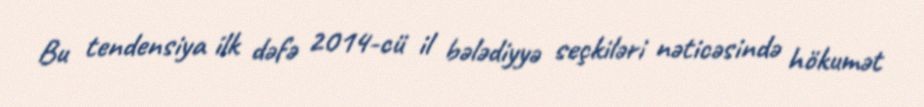
Bu tendensiya ilk dəfə 2014-cü il bələdiyyə seçkiləri nəticəsində hökumət